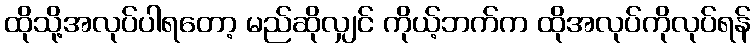
ထိုသို့အလုပ်ပါရတော့ မည်ဆိုလျှင် ကိုယ့်ဘက်က ထိုအလုပ်ကိုလုပ်ရန်